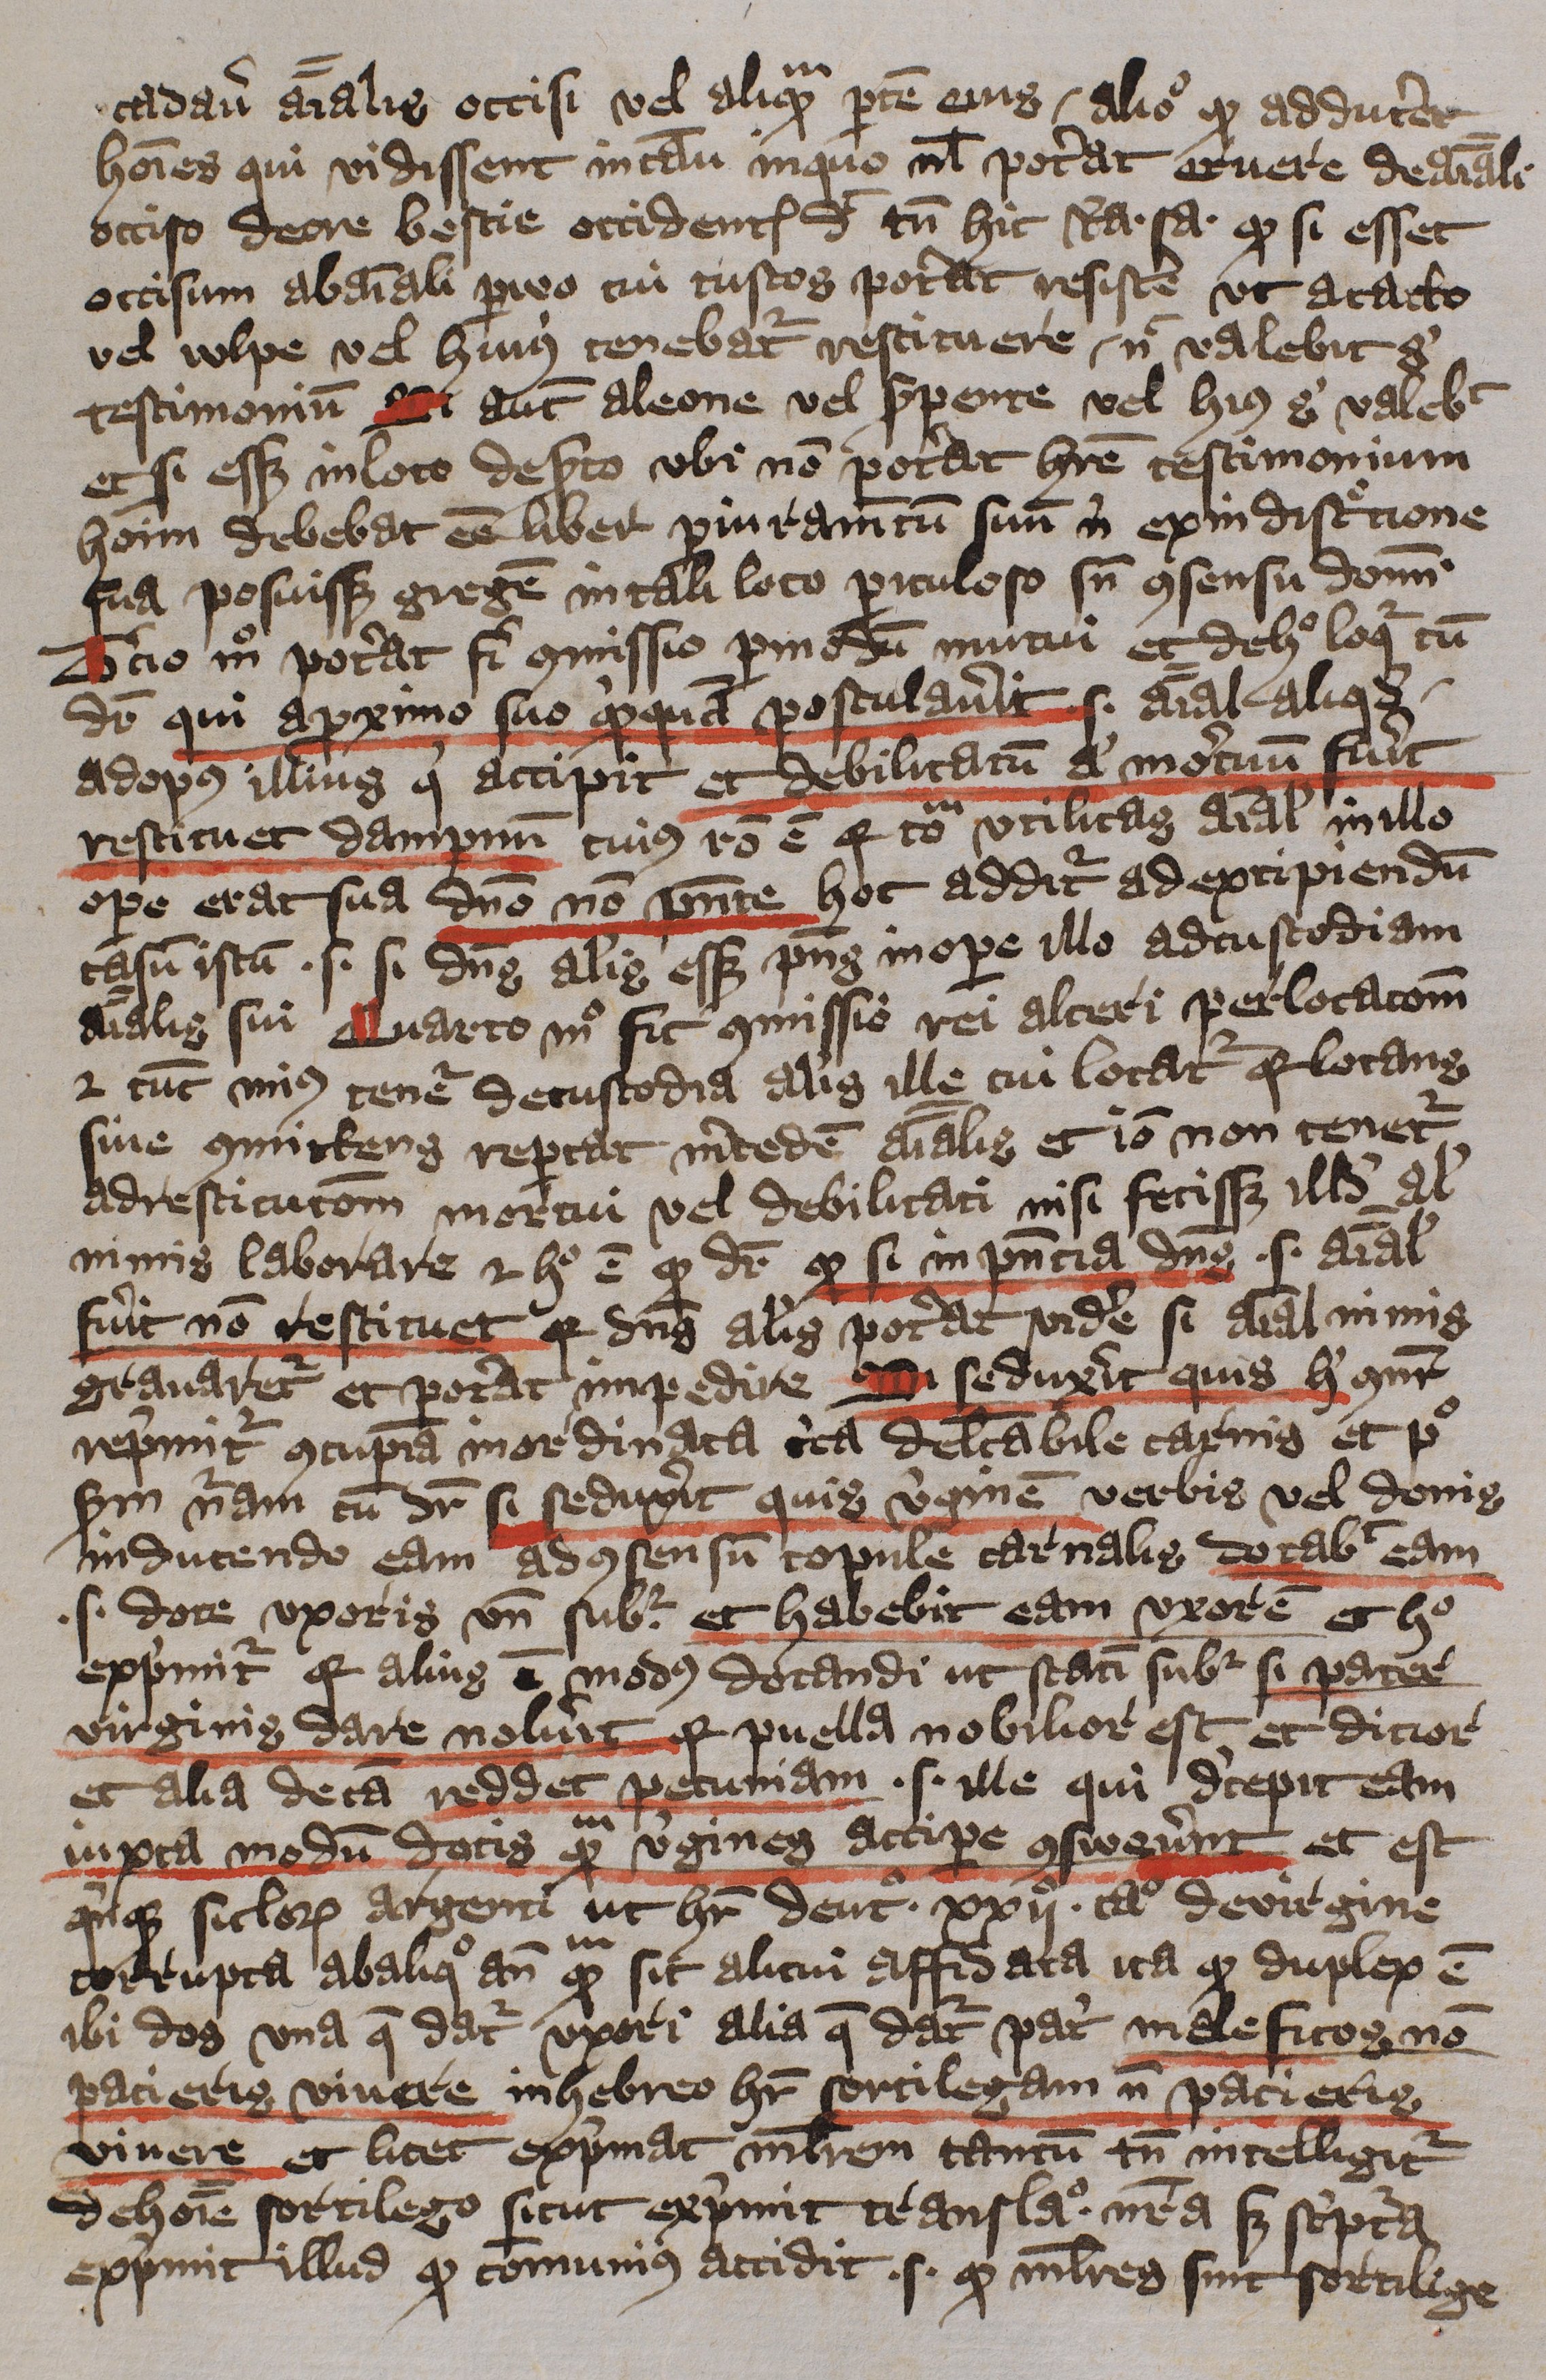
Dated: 1396–1396